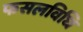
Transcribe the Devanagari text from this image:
फसलविधि